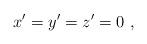
LaTeX: \begin{align*} x' = y' = z' = 0 ~,\end{align*}